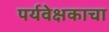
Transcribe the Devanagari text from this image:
पर्यवेक्षकाचा